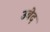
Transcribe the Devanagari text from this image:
उबेद